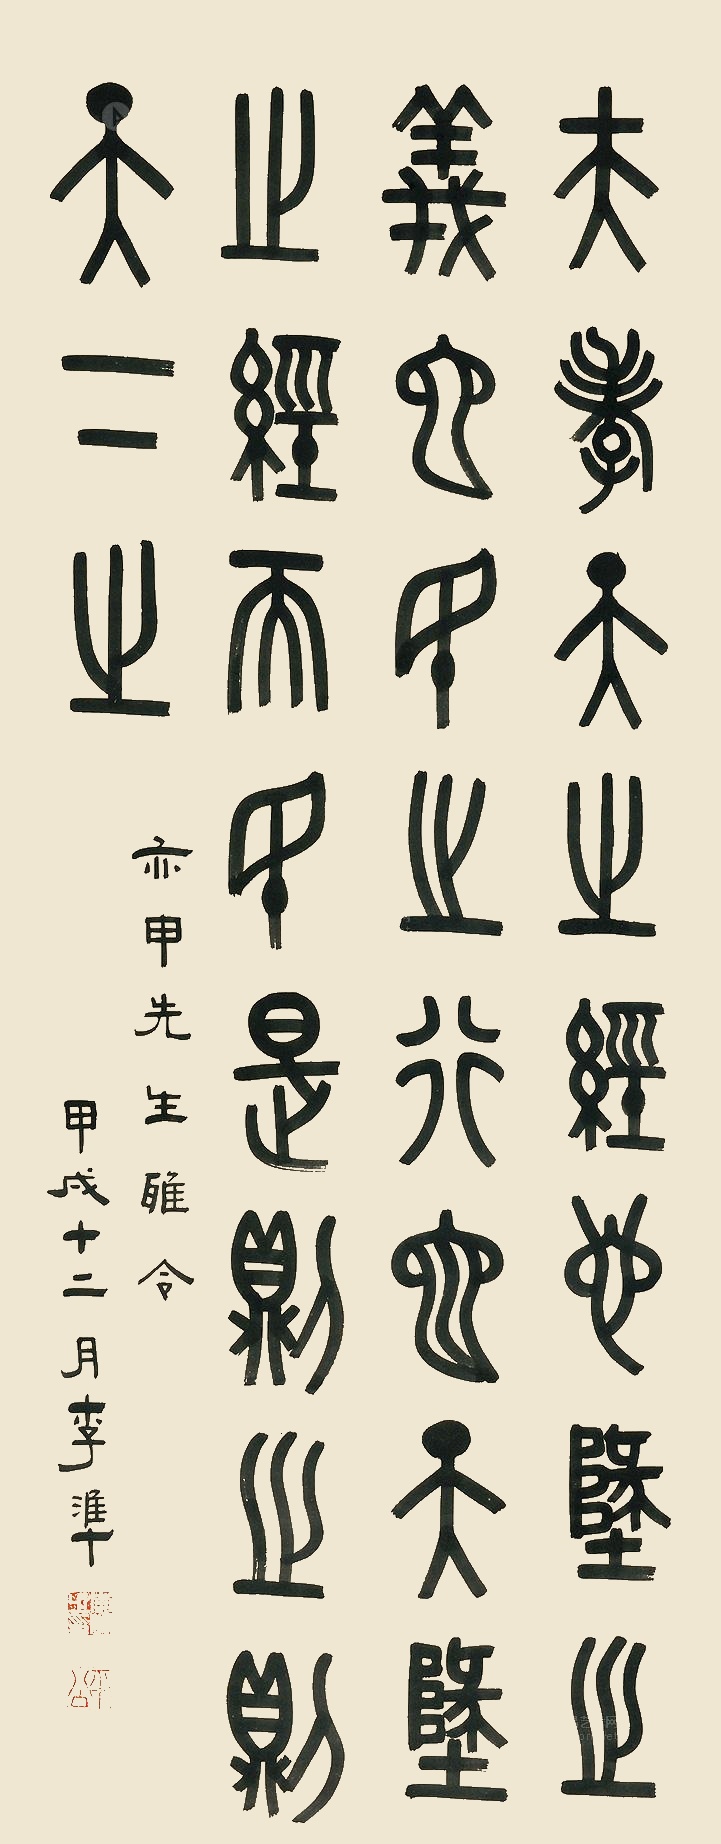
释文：夫孝，天之经也，地之义也，民之行也。天地之经，而民是则之。则天下之。亦甲先生雅令，甲戌十二月，李准。